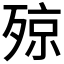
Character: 𣨣